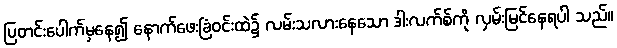
ပြတင်းပေါက်မှနေ၍ နောက်ဖေးခြံဝင်းထဲ၌ လမ်းသလားနေသော ဒါးလက်စ်ကို လှမ်းမြင်နေရပါ သည်။